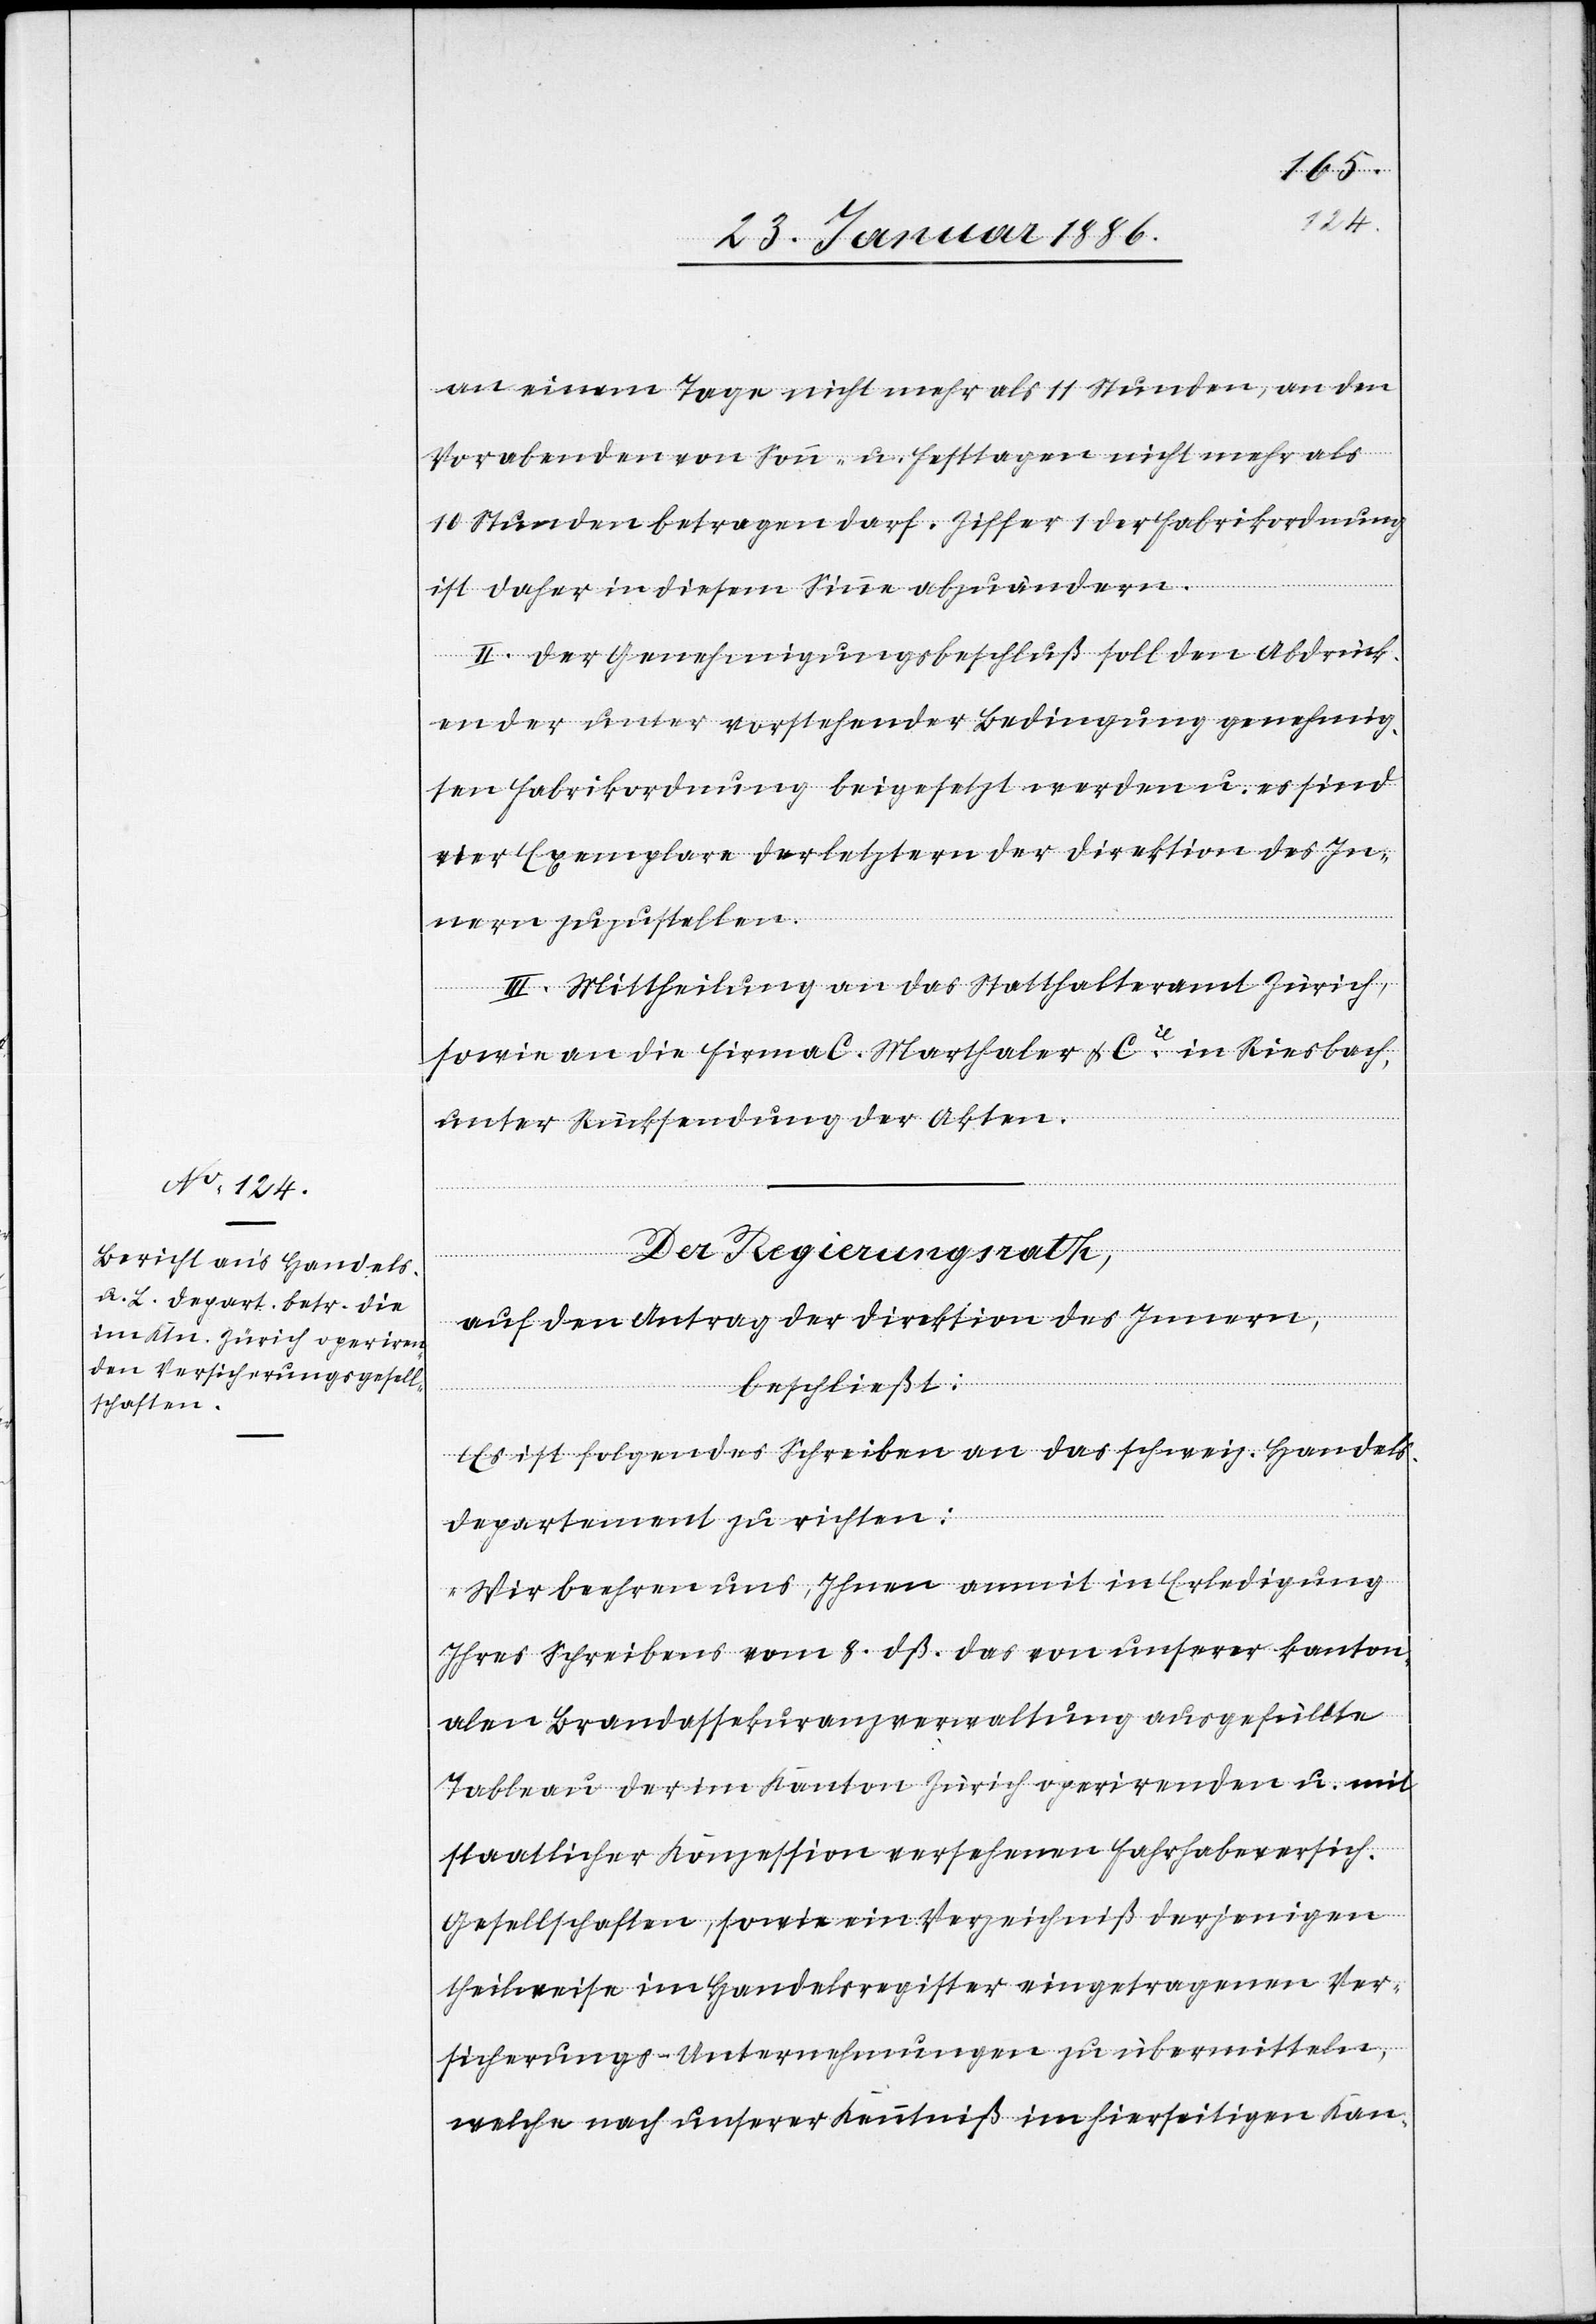
an einem Tage nicht mehr als 11 Stunden, an den
Vorabenden von Sonn- u. Festtagen nicht mehr als
10 Stunden betragen darf. Ziffer 1 der Fabrikordnung
ist daher in diesem Sinne abzuändern.
II. Der Genehmigungsbeschluß soll den Abdrück¬
en der unter vorstehender Bedingung genehmig¬
ten Fabrikordnung beigesetz werden u. es sind
vier Exemplare der letztern der Direktion des In¬
nern zuzustellen.
III. Mittheilung an das Statthalteramt Zürich,
sowie an die Firma C. Marthaler & Cie in Riesbach,
unter Rücksendung der Akten.
[etzes]
Der Regierungsrath,
auf den Antrag der Direktion des Innern,
beschließt:
Es ist folgendes Schreiben an das schweiz. Handels-D¬
epartement zu richten:
„Wir beehren uns, Ihnen anmit in Erledigung
Ihres Schreibens vom 8. dß. das von unserer kanton¬
alen Brandassekuranzverwaltung ausgefüllte
Tableau der im Kanton Zürich operirenden u. mit
staatlicher Konzession versehenen Fahrhabeversich.
Gesellschaften, sowie ein Verzeichniß derjenigen
theilweise im Handelsregister eingetragenen Ver¬
sicherungs-Unternehmungen zu übermitteln,
welche nach unserer Kenntniß im hierseitigen Kan-